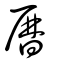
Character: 曆